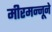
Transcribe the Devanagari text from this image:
मीरमन्नूने